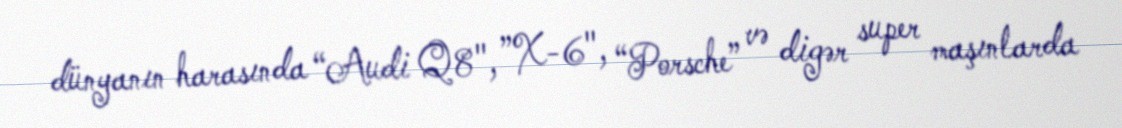
dünyanın harasında “Audi Q8", ”X-6", “Porsche” və digər super maşınlarda